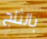
بالثلج